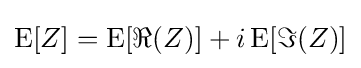
\operatorname {E} [Z]=\operatorname {E} [\Re {(Z)}]+i\operatorname {E} [\Im {(Z)}]